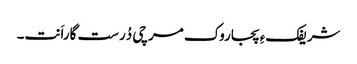
شریفکءِ پجاروک مرچی دُرست گاراَنت۔